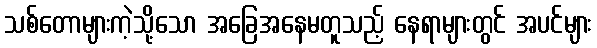
သစ်တောများကဲ့သို့သော အခြေအနေမတူသည့် နေရာများတွင် အပင်များ